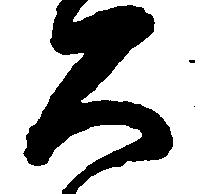
久